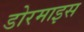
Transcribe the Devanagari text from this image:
डोरमाइस